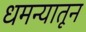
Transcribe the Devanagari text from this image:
धमन्यातून